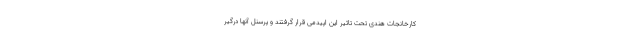
کارخانجات هندی تحت تاثیر این اپیدمی قرار گرفتند و پرسنل آنها درگیر